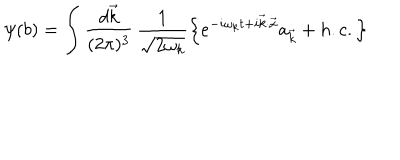
LaTeX: \psi ( b ) = \int \frac { d \vec { k } } { ( 2 \pi ) ^ { 3 } } \, \frac { 1 } { \sqrt { 2 \omega _ { k } } } \left\lbrace e ^ { - i \omega _ { k } t + i \vec { k } \cdot \vec { x } } a _ { \vec { k } } + h . c . \right\rbrace